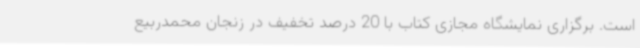
است. برگزاری نمایشگاه مجازی کتاب با 20 درصد تخفیف در زنجان محمدربیع